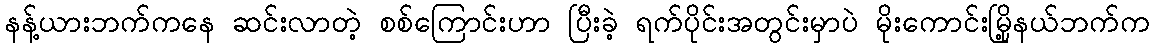
နန့်ယားဘက်ကနေ ဆင်းလာတဲ့ စစ်ကြောင်းဟာ ပြီးခဲ့ ရက်ပိုင်းအတွင်းမှာပဲ မိုးကောင်းမြို့နယ်ဘက်က